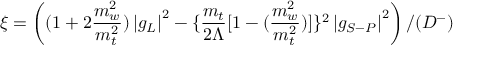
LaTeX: \xi = \left( ( 1 + 2 \frac { m _ { w } ^ { 2 } } { m _ { t } ^ { 2 } } ) \left| g _ { L } \right| ^ { 2 } - \{ \frac { m _ { t } } { 2 \Lambda } [ 1 - ( \frac { m _ { w } ^ { 2 } } { m _ { t } ^ { 2 } } ) ] \} ^ { 2 } \left| g _ { S - P } \right| ^ { 2 } \right) / ( { \cal D } ^ { - } )